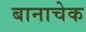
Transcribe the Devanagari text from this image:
बानाचेक